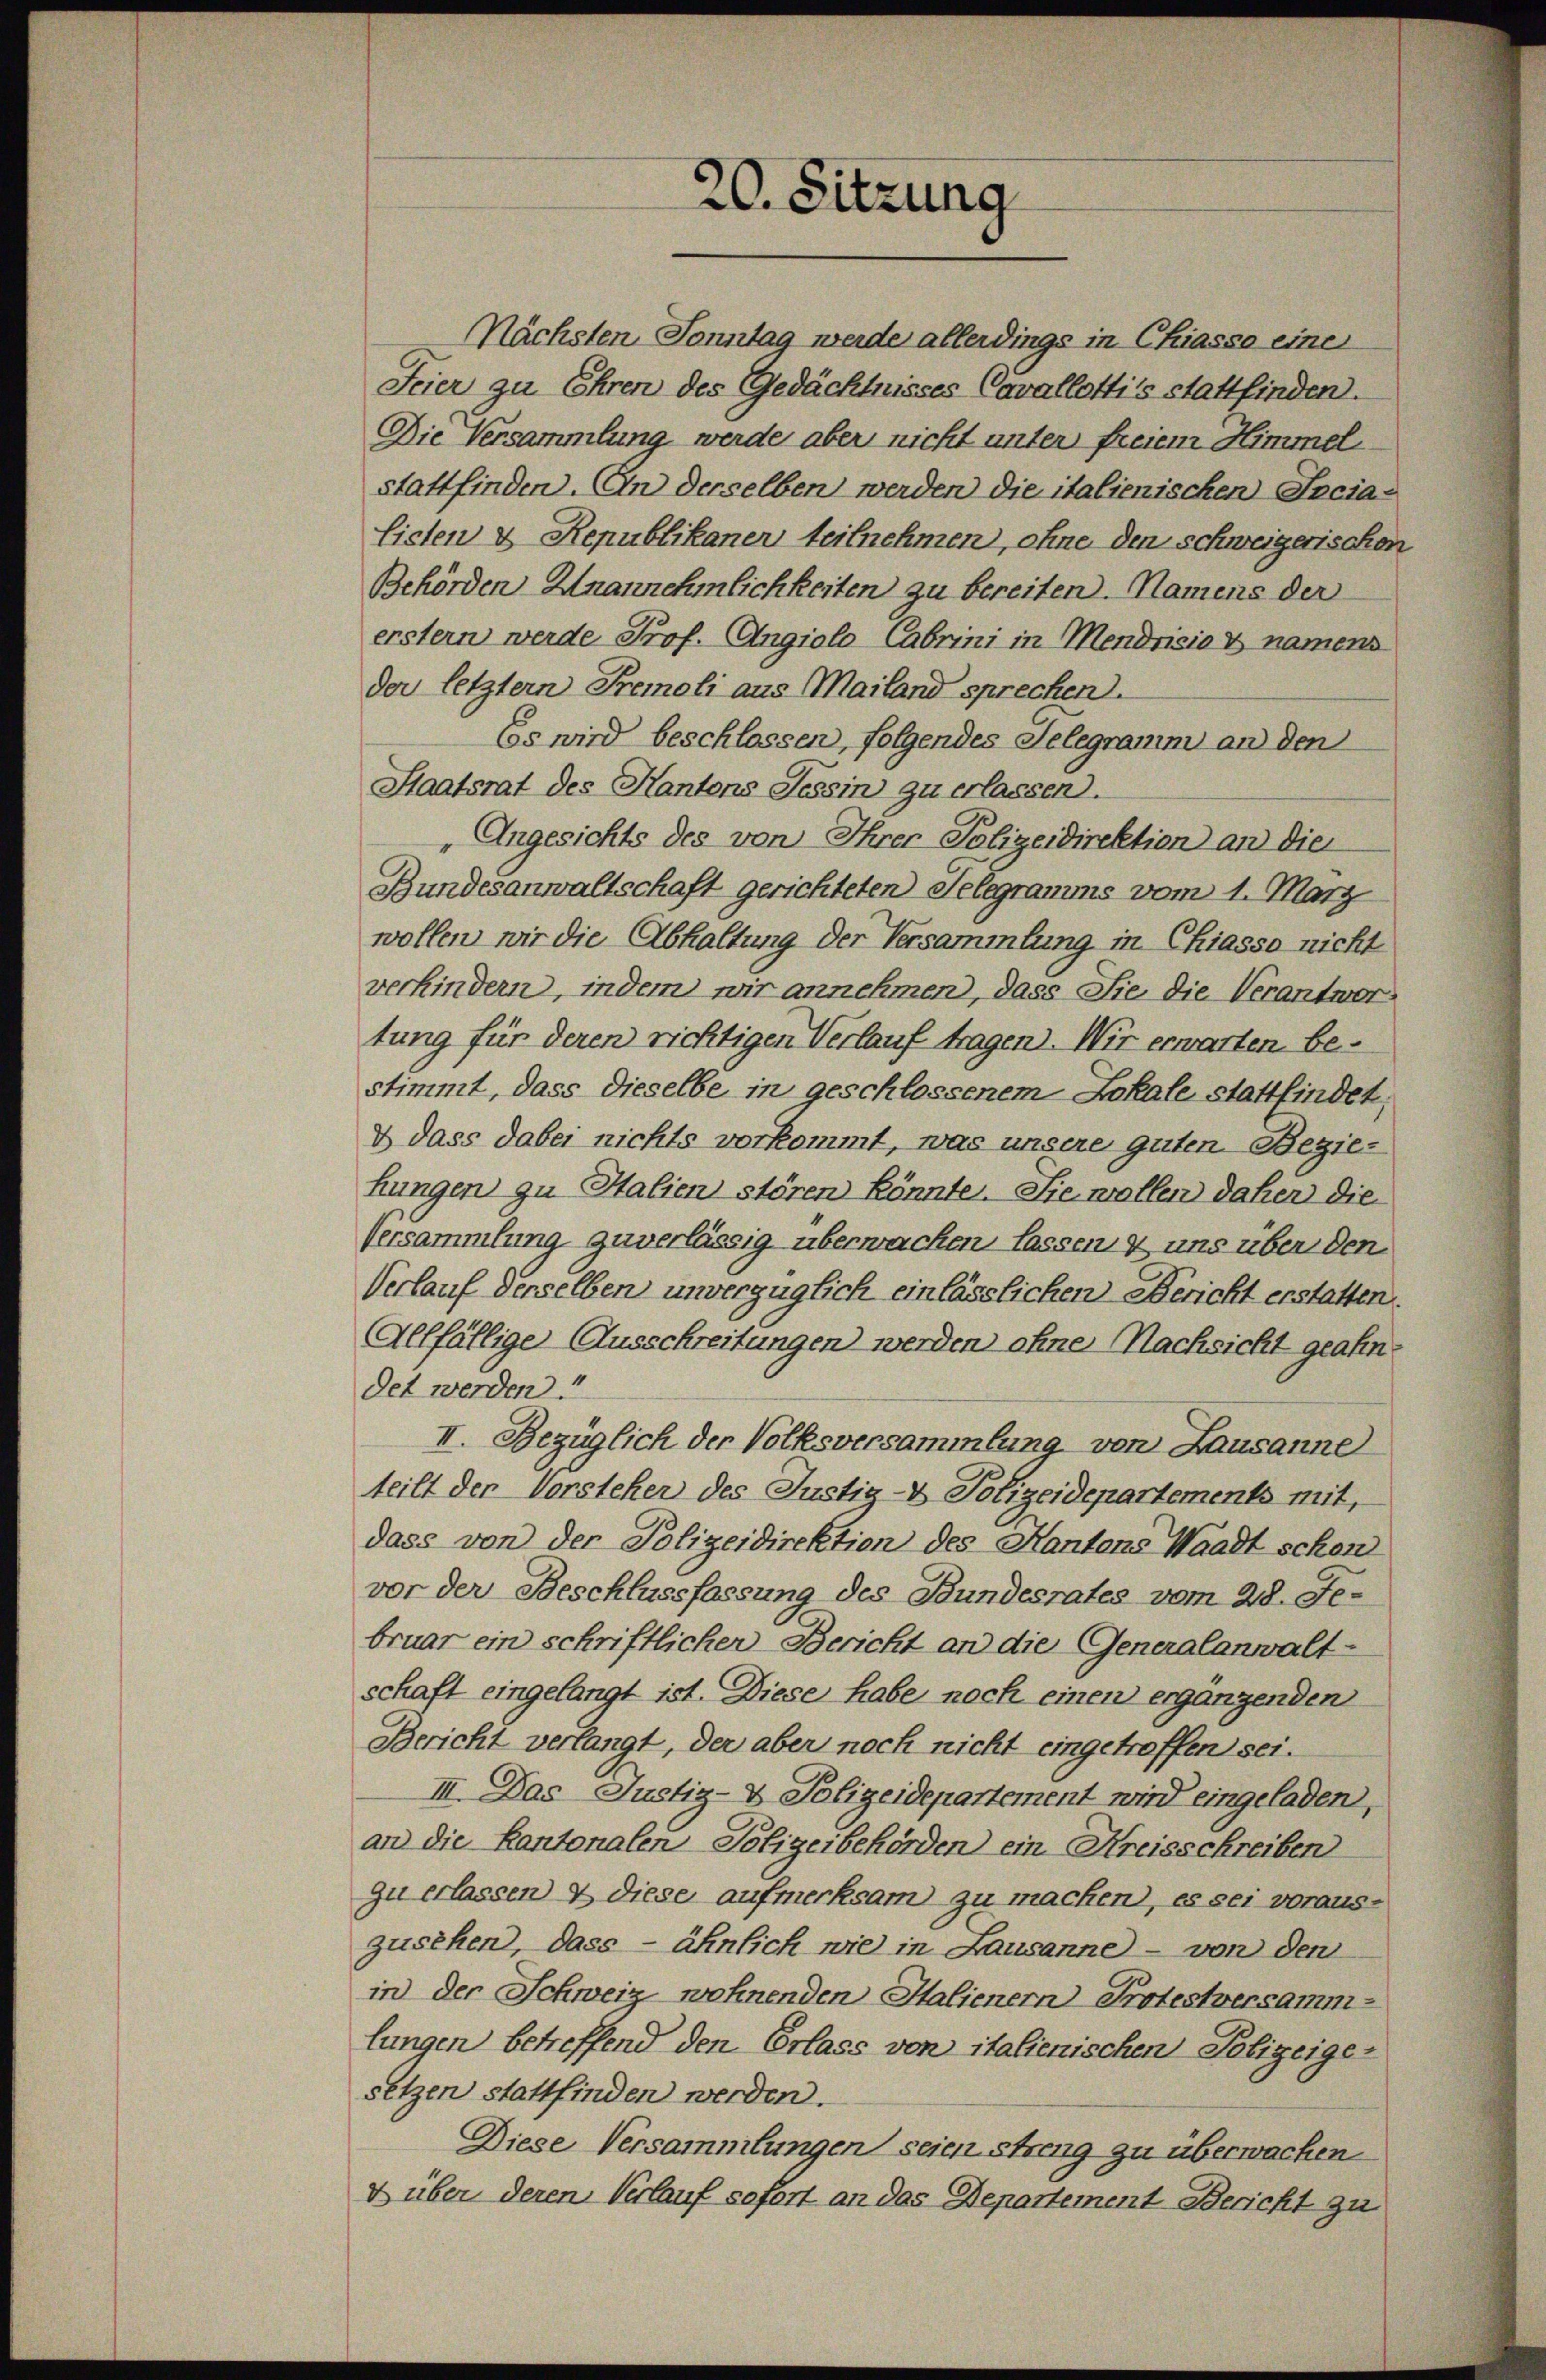
20. Sitzung

Nächsten Sonntag werde allerdings in Chiasso einer
Feier zu Ehren des Gedächtnisses Cavallottis stattfinden.
Die Versammlung werde aber nicht unter freiem Himmel
stattfinden. An derselben werden die italienischen Socialicten & Republikaner teilnehmen, ohne den schweizerischen
Behörden Unannehmlichkeiten zu bereiten. Namens der
erstern werde Prof. Angiolo Cabrini in Mendrisio & namens
der letztern Premoli aus Mailand sprechen.
Es wird beschlossen, folgendes Telegramm an den
Staatsrat des Kantons Tessin zu erlassen).
Angesichts des von Ihrer Polizeidirektion an die
Bundesanwaltschaft gerichteten Gelegramms vom 1. März
wollen wir die Abhaltung der Versammlung in Chiasso nicht
verhindern, indem wir annehmen, dass Sie die Verantwortung für deren richtigen Verlauf tragen. Wir erwarten bestimmt, dass dieselbe in geschlossenem Lokale stattfindet;
2 dass dabei nichts vorkommt, was unsere guten Bezie-
Lungen zu Italien stören könnte. Sie wollen daher die
Versammlung zuverlässig überwachen lassen & uns über den
Verlauf derselben unverzüglich einlässlichen Bericht erstatten,
Allfällige Ausschreitungen werden ohne Nachsicht geahn
det werden.
II. Bezüglich der Volksversammlung von Lausanne
teilt der Vorsteher des Justiz- & Polizeidepartements mit,
dass von der Polizeidirektion des Kantons Waadt schon
vor der Beschlussfassung des Bundesrates vom 28. Je-
bruar ein schriftlicher Bericht an die Generalanwalt-
schaft eingelangt ist. Diese habe noch einen ergänzenden
Bericht verlangt, der aber noch nicht eingetroffen sei.
III. Das Justiz- & Polizeidepartement wird eingeladen,
an die Kantonalen Polizeibehörden ein Kreisschreiben
zu erlassen & diese aufmerksam zu machen), es sei voraus-
zusehen, dass — ähnlich wie in Lausanne - von den
in der Schweiz wohnenden Haliener Protestversamm-
lungen betreffend den Erlass von italienischen Polizeige-
setzen stattfinden werden.
Diese Versammlungen seien streng zu überwachen.
g über deren Verlauf sofort an das Departement Bericht zu